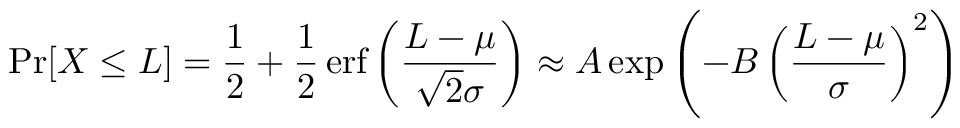
\operatorname* { P r } [ X \leq L ] = { \frac { 1 } { 2 } } + { \frac { 1 } { 2 } } \operatorname { e r f } \left( { \frac { L - \mu } { { \sqrt { 2 } } \sigma } } \right) \approx A \exp \left( - B \left( { \frac { L - \mu } { \sigma } } \right) ^ { 2 } \right)